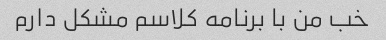
خب من با برنامه کلاسم مشکل دارم